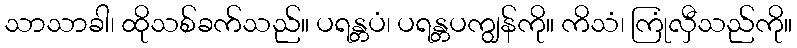
သာသာခါ၊ ထိုသစ်ခက်သည်။ ပရန္တပံ၊ ပရန္တပကျွန်ကို။ ကိသံ၊ ကြုံလှီသည်ကို။